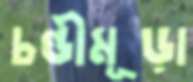
চণ্ডীমূড়া